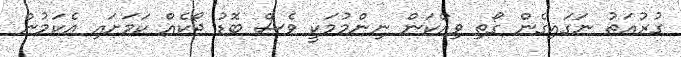
ގުރުއަތު ނަގައިގެން ގޯތި ވިއްކަން ނިންމުމަކީ ވެސް ބޮޑު ޖޯކެއް ކަމަށައި އެކަމުން